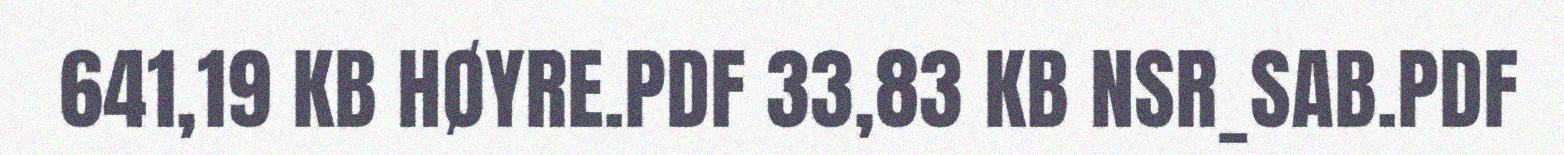
641,19 KB HØYRE.PDF 33,83 KB NSR_SAB.PDF